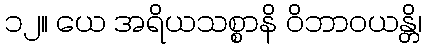
၁၂။ ယေ အရိယသစ္စာနိ ဝိဘာဝယန္တိ၊